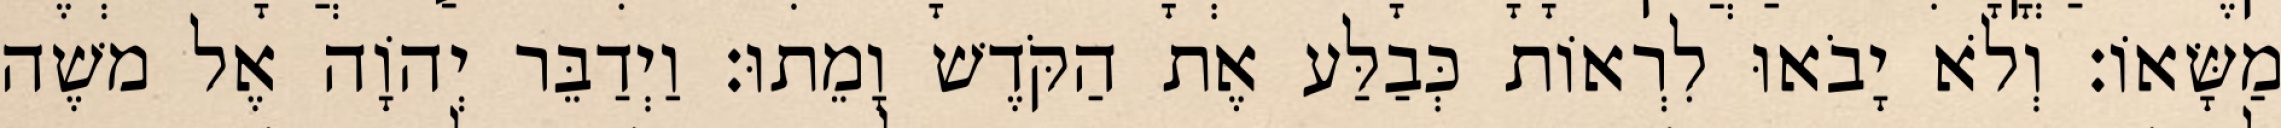
מַשָּׂאוֹ׃ וְלֹא יָבֹאוּ לִרְאוֹת כְּבַלַּע אֶת הַקֹּדֶשׁ וָמֵתוּ׃ וַיְדַבֵּר יְהוָֹה אֶל משֶׁה